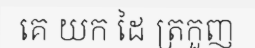
គេ យក ដៃ ត្រកួញ